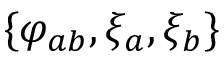
\{ \varphi _ { a b } , \xi _ { a } , \xi _ { b } \}